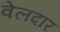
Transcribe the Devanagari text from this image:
वेलदार